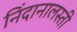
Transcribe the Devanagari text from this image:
निंदानालस्ती